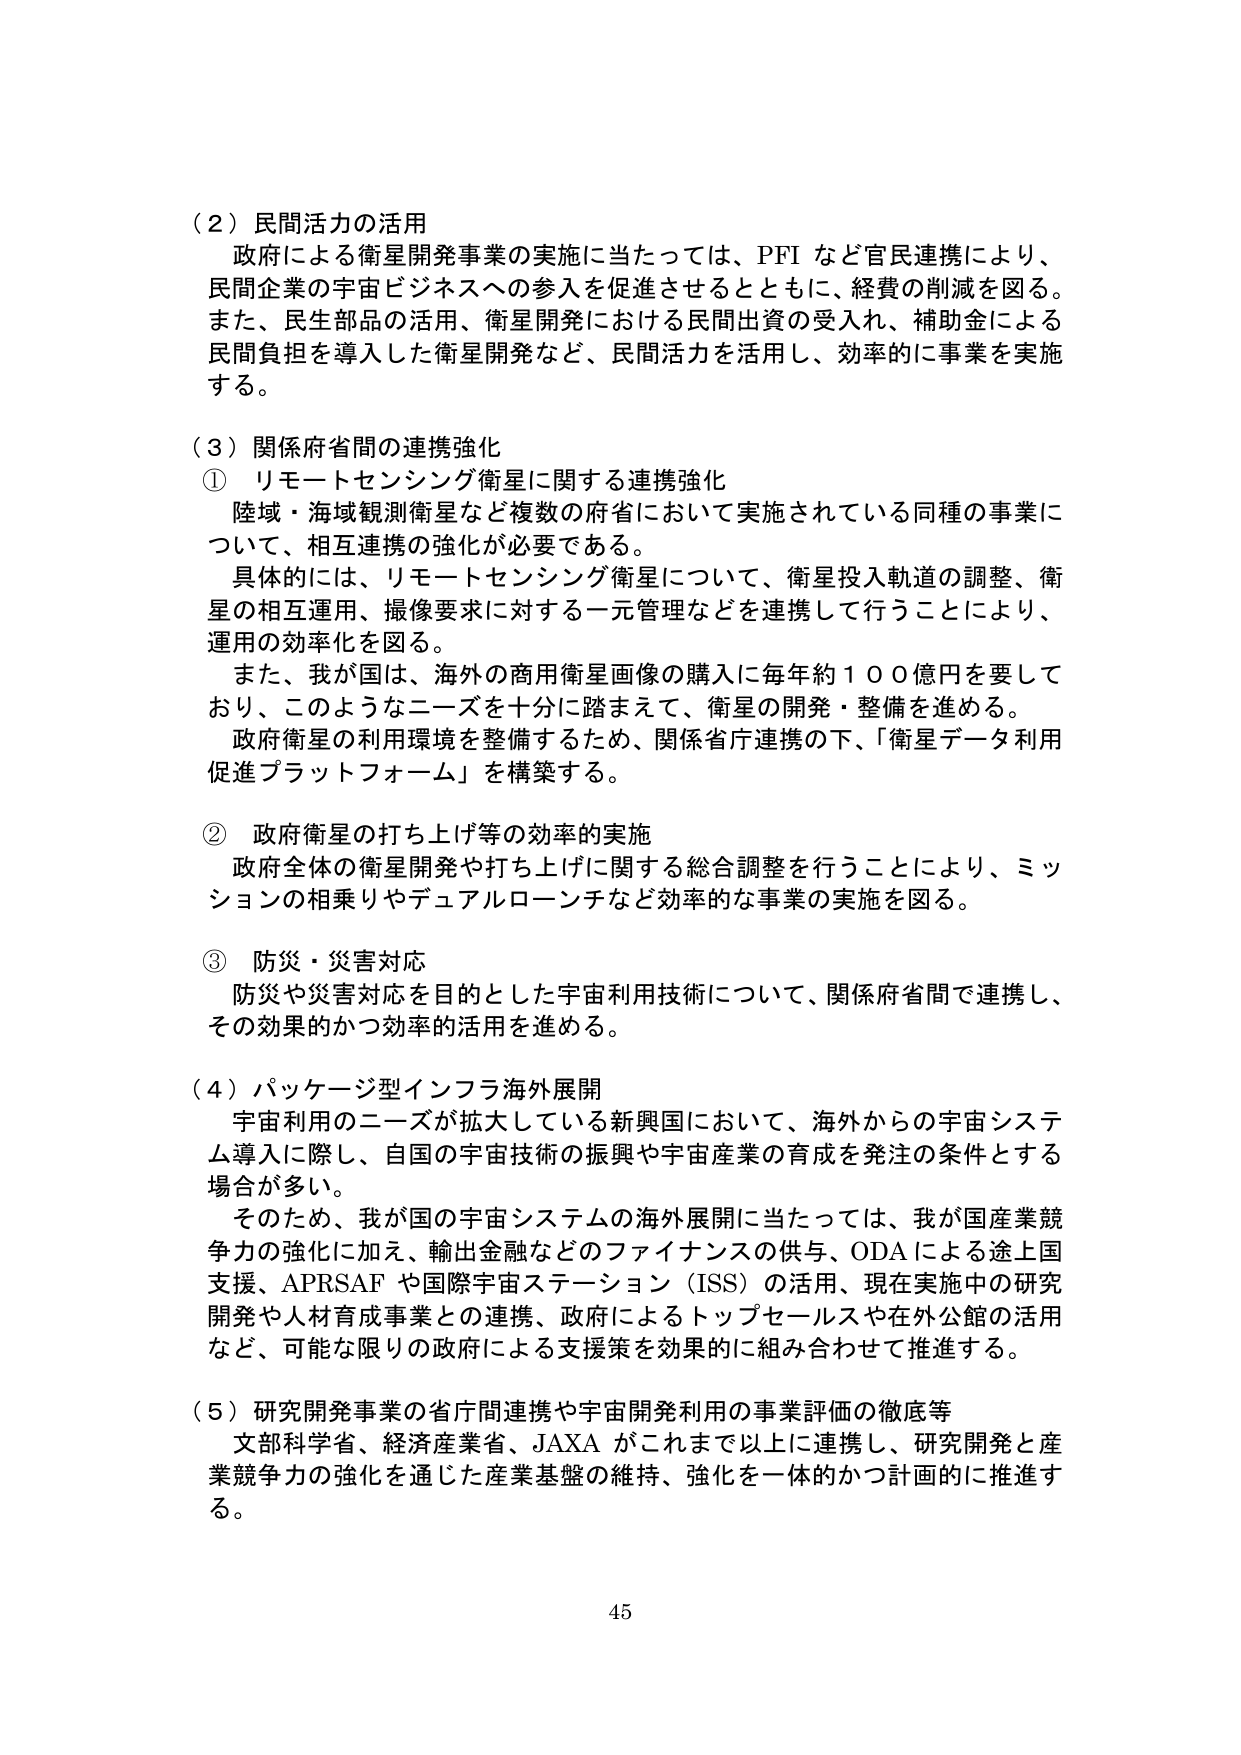
（２）民間活力の活用
政府による衛星開発事業の実施に当たっては、PFI など官民連携により、
民間企業の宇宙ビジネスへの参入を促進させるとともに、経費の削減を図る。
また、民生部品の活用、衛星開発における民間出資の受入れ、補助金による
民間負担を導入した衛星開発など、民間活力を活用し、効率的に事業を実施
する。

（３）関係府省間の連携強化
① リモートセンシング衛星に関する連携強化
陸域・海域観測衛星など複数の府省において実施されている同種の事業に
ついて、相互連携の強化が必要である。
具体的には、リモートセンシング衛星について、衛星投入軌道の調整、衛
星の相互運用、撮像要求に対する一元管理などを連携して行うことにより、
運用の効率化を図る。
また、我が国は、海外の商用衛星画像の購入に毎年約１００億円を要して
おり、このようなニーズを十分に踏まえて、衛星の開発・整備を進める。
政府衛星の利用環境を整備するため、関係省庁連携の下、「衛星データ利用
促進プラットフォーム」を構築する。

② 政府衛星の打ち上げ等の効率的実施
政府全体の衛星開発や打ち上げに関する総合調整を行うことにより、ミッ
ションの相乗りやデュアルローンチなど効率的な事業の実施を図る。

③ 防災・災害対応
防災や災害対応を目的とした宇宙利用技術について、関係府省間で連携し、
その効果的かつ効率的活用を進める。

（４）パッケージ型インフラ海外展開
宇宙利用のニーズが拡大している新興国において、海外からの宇宙システ
ム導入に際し、自国の宇宙技術の振興や宇宙産業の育成を発注の条件とする
場合が多い。
そのため、我が国の宇宙システムの海外展開に当たっては、我が国産業競
争力の強化に加え、輸出金融などのファイナンスの供与、ODAによる途上国
支援、APRSAF や国際宇宙ステーション（ISS）の活用、現在実施中の研究
開発や人材育成事業との連携、政府によるトップセールスや在外公館の活用
など、可能な限りの政府による支援策を効果的に組み合わせて推進する。

（５）研究開発事業の省庁間連携や宇宙開発利用の事業評価の徹底等
文部科学省、経済産業省、JAXA がこれまで以上に連携し、研究開発と産
業競争力の強化を通じた産業基盤の維持、強化を一体的かつ計画的に推進す
る。

45